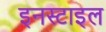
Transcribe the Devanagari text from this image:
इनस्टाइल